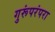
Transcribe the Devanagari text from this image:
गुरूंपरंपरा